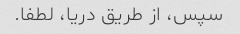
سپس، از طریق دریا، لطفا.